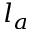
l _ { a }